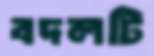
বদলটি